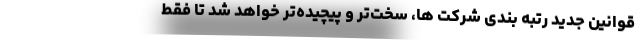
قوانین جدید رتبه بندی شرکت ها، سخت‌تر و پیچیده‌تر خواهد شد تا فقط